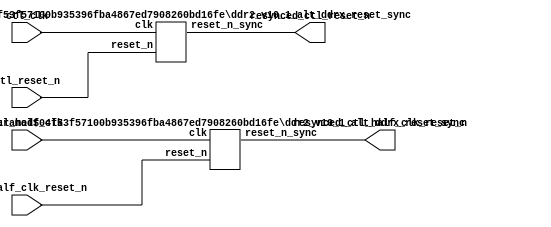
// (C) 2001-2011 Altera Corporation. All rights reserved.
// Your use of Altera Corporation's design tools, logic functions and other 
// software and tools, and its AMPP partner logic functions, and any output 
// files any of the foregoing (including device programming or simulation 
// files), and any associated documentation or information are expressly subject 
// to the terms and conditions of the Altera Program License Subscription 
// Agreement, Altera MegaCore Function License Agreement, or other applicable 
// license agreement, including, without limitation, that your use is for the 
// sole purpose of programming logic devices manufactured by Altera and sold by 
// Altera or its authorized distributors.  Please refer to the applicable 
// agreement for further details.




`timescale 1 ps / 1 ps
module ddr2_v10_1_alt_ddrx_clock_and_reset #
    ( parameter
        CTL_RESET_SYNC_STAGES      = 4,
        CTL_NUM_RESET_OUTPUT       = 1,
        CTL_HALF_RESET_SYNC_STAGES = 4,
        CTL_HALF_NUM_RESET_OUTPUT  = 1
    )
    (
        ctl_clk,
        ctl_reset_n,
        ctl_half_clk,
        ctl_half_clk_reset_n,
        
        resynced_ctl_reset_n,
        resynced_ctl_half_clk_reset_n
    );

input  ctl_clk;
input  ctl_reset_n;
input  ctl_half_clk;
input  ctl_half_clk_reset_n;

output [CTL_NUM_RESET_OUTPUT      - 1 : 0] resynced_ctl_reset_n;
output [CTL_HALF_NUM_RESET_OUTPUT - 1 : 0] resynced_ctl_half_clk_reset_n;

ddr2_v10_1_alt_ddrx_reset_sync #(
    .RESET_SYNC_STAGES (CTL_RESET_SYNC_STAGES),
    .NUM_RESET_OUTPUT  (CTL_NUM_RESET_OUTPUT)
) reset_sync_inst (
	.reset_n           (ctl_reset_n),
	.clk               (ctl_clk),
	.reset_n_sync      (resynced_ctl_reset_n)
);

ddr2_v10_1_alt_ddrx_reset_sync #(
    .RESET_SYNC_STAGES (CTL_HALF_RESET_SYNC_STAGES),
    .NUM_RESET_OUTPUT  (CTL_HALF_NUM_RESET_OUTPUT)
) half_reset_sync_inst (
	.reset_n           (ctl_half_clk_reset_n),
	.clk               (ctl_half_clk),
	.reset_n_sync      (resynced_ctl_half_clk_reset_n)
);


endmodule


module ddr2_v10_1_alt_ddrx_reset_sync #
    ( parameter
        RESET_SYNC_STAGES = 4,
        NUM_RESET_OUTPUT  = 1
    )
    (
    	reset_n,
    	clk,
    	reset_n_sync
    );

input	reset_n;
input	clk;
output	[NUM_RESET_OUTPUT-1:0] reset_n_sync;

(* altera_attribute = {"-name SYNCHRONIZER_IDENTIFICATION FORCED_IF_ASYNCHRONOUS; -name GLOBAL_SIGNAL OFF"}*) reg	[RESET_SYNC_STAGES+NUM_RESET_OUTPUT-2:0] reset_reg /*synthesis dont_merge */;

generate
genvar i;
	for (i=0; i<RESET_SYNC_STAGES+NUM_RESET_OUTPUT-1; i=i+1)
	begin: reset_stage
		always @(posedge clk or negedge reset_n)
		begin
			if (~reset_n)
				reset_reg[i] <= 1'b0;
			else
			begin
				if (i==0)
					reset_reg[i] <= 1'b1;
				else if (i < RESET_SYNC_STAGES)
					reset_reg[i] <= reset_reg[i-1];
				else
					reset_reg[i] <= reset_reg[RESET_SYNC_STAGES-2];
				
			end
		end
	end
endgenerate

	assign reset_n_sync = reset_reg[RESET_SYNC_STAGES+NUM_RESET_OUTPUT-2:RESET_SYNC_STAGES-1];

endmodule